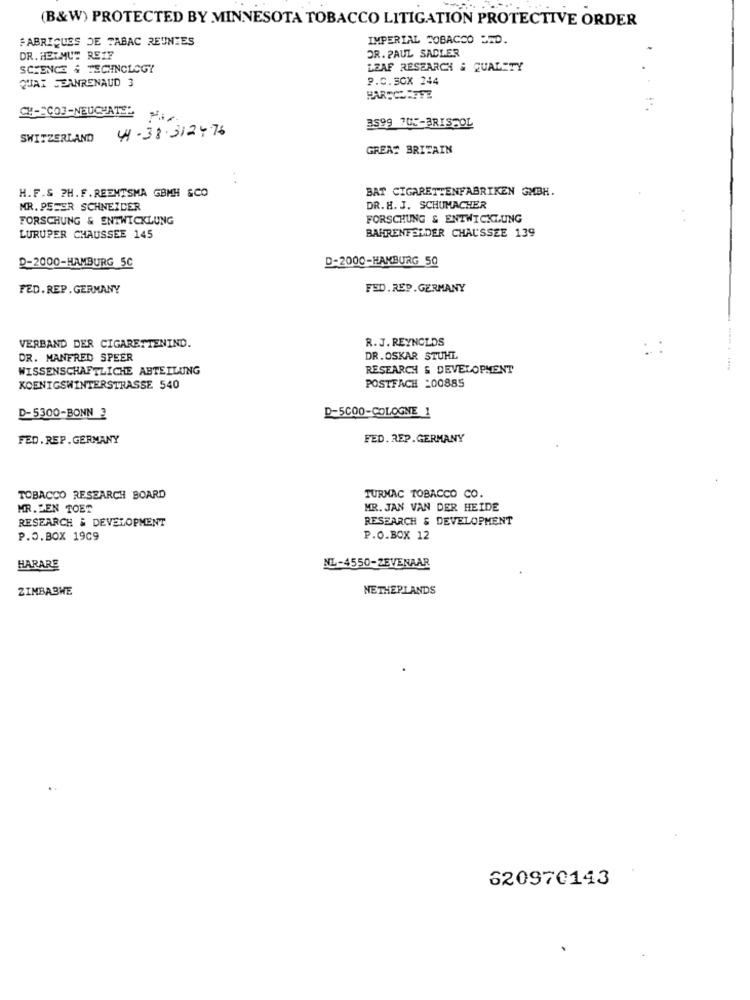
(B&W) PROTECTED BY MINNESOTA TOBACCO LITIGATION PROTECTIVE ORDER
FABRIQUES DE TABAC REUNIES
IMPERIAL TOBACCO STD.
DR. PAUL SADLER
DR. HELMUT REIF
SCIENCE & TECHNOLOGY
LZAF RESEARCH & QUALITY
QUAT JEANRENAUD 3
P.C.SOX 244
HARSCHEFFE
CH-ECOJ-NEUCHATEL
4-38. 3124 76
3599 705-BRISTOL
SWITZERLAND
GREAT BRITAIN
H.F.S ?H. F . REEMTSMA GBMH &CO
BAT CIGARETTENFABRIKEN GMBH.
MR. PETER SCHNEIDER
DR. H. J. SCHUMACHER
FORSCHUNG & ENTWICKLUNG
FORSCHUNG & ENTWICKLUNG
BAHRENFELDER CHAUSSEE 139
LURUPER CHAUSSEE 145
D-2000-HAMBURG 5C
D-2000-HAMBURG 50
FED. REP. GERMANY
FED. REP . GERMANY
R.J. REYNOLDS
VERBAND DER CIGARETTENIND.
. :
DR. MANFRED SPEER
DR.OSKAR STUHL
WISSENSCHAFTLICHE ABTEILUNG
RESEARCH & DEVELOPMENT
----
KOENIGSWINTERSTRASSE 540
POSTFACH _00885
D-5000-COLOGNE 1
D-5300-BONN 3
FED.REP. GERMANY
FED. REP.GERMANY
TOBACCO RESEARCH BOARD
TURMAC TOBACCO CO.
MR. DEN TOER
MR. JAN VAN DER HEIDE
RESEARCH & DEVELOPMENT
RESEARCH & DEVELOPMENT
P.O.BOX 1969
P.O.BOX 12
HARARE
NL-4550-ZEVENAAR
ZIMBABWE
NETHERLANDS
620970143